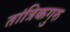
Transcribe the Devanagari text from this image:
तांत्रिकगुरु